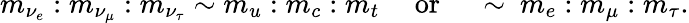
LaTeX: m_{\nu_{e}}:m_{\nu_{\mu}}:m_{\nu_{\tau}}\sim m_{u}:m_{c}:m_{t}~~~~~\mathrm{or}~~~~~\sim~m_{e}:m_{\mu}:m_{\tau}.